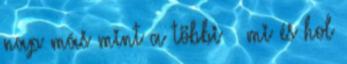
nap más mint a többi → mi és hol